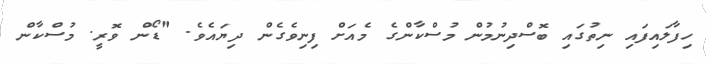
ހިފާލައިފައި ނިތުގައި ބޮސްދިނުމުން މުސްކާންގެ މެއަށް ފިނިވެގެން ދިޔައެވެ. "ޑޯން ވޮރީ. މުސްކާން